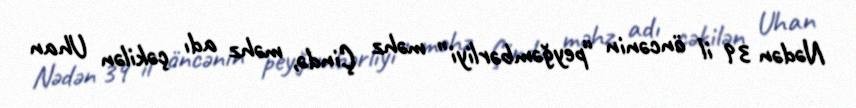
Nədən 39 il öncənin “peyğəmbərliyi” məhz Çində, məhz adı çəkilən Uhan